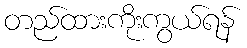
တည်ထားကိုးကွယ်ရန်